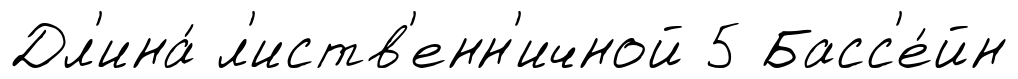
Дл'ина́ л'иств'енн'ичной 5 Басс'е́йн